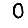
Digit: 0